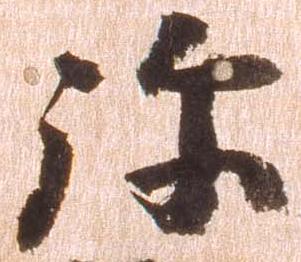
弥